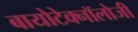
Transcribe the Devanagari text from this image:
बायोटेक्नॉलोजी